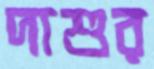
দাশুর